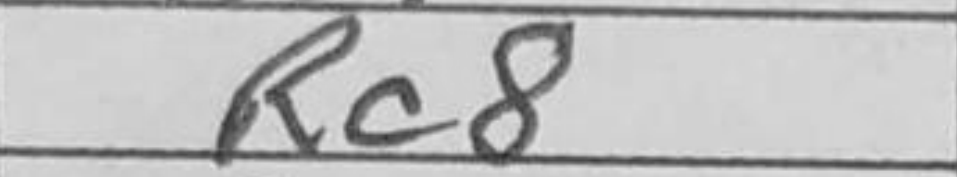
Transcription: Rc8